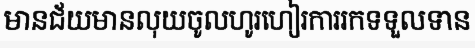
មានជ័យមានលុយចូលហូរហៀរការរកទទួលទាន